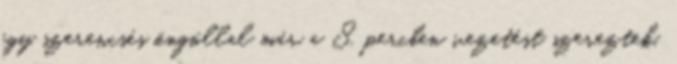
egy szerencsés öngóllal már a 8. percben vezetést szereztek.